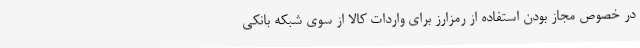
در خصوص مجاز بودن استفاده از رمزارز برای واردات کالا از سوی شبکه بانکی